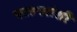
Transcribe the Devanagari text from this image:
परस्‍परांशी